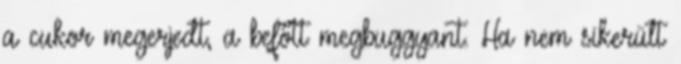
a cukor megerjedt, a befőtt megbuggyant. Ha nem sikerült